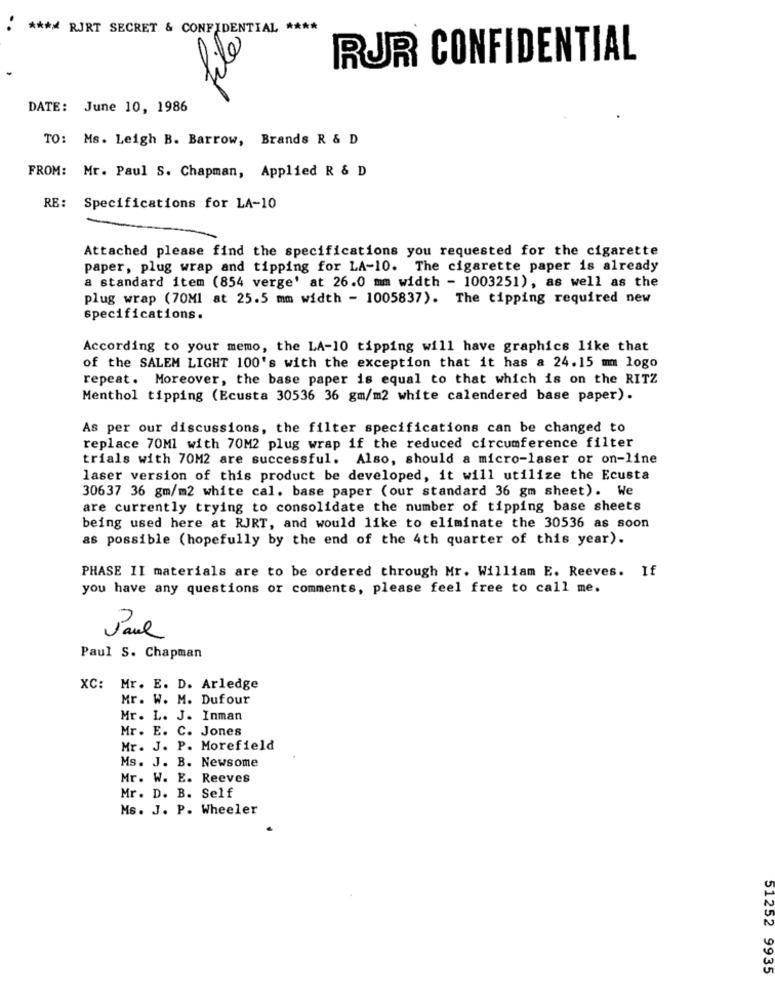
file
: **** RJRT SECRET & CONFIDENTIAL ****
RUR CONFIDENTIAL
DATE: June 10, 1986
TO: Ms. Leigh B. Barrow, Brands R & D
FROM: Mr. Paul S. Chapman, Applied R & D
RE:
Specifications for LA-10
Attached please find the specifications you requested for the cigarette
paper, plug wrap and tipping for LA-10. The cigarette paper is already
a standard item (854 verge' at 26.0 mm width - 1003251), as well as the
plug wrap (70Ml at 25.5 mm width - 1005837). The tipping required new
specifications.
According to your memo, the LA-10 tipping will have graphics like that
of the SALEM LIGHT 100's with the exception that it has a 24.15 mm logo
repeat. Moreover, the base paper is equal to that which is on the RITZ
Menthol tipping (Ecusta 30536 36 gm/m2 white calendered base paper).
As per our discussions, the filter specifications can be changed to
replace 70Ml with 70M2 plug wrap if the reduced circumference filter
trials with 70M2 are successful. Also, should a micro-laser or on-line
laser version of this product be developed, it will utilize the Ecusta
30637 36 gm/m2 white cal. base paper (our standard 36 gm sheet). We
are currently trying to consolidate the number of tipping base sheets
being used here at RJRT, and would like to eliminate the 30536 as soon
as possible (hopefully by the end of the 4th quarter of this year).
PHASE II materials are to be ordered through Mr. William E. Reeves. If
you have any questions or comments, please feel free to call me.
Paul
Paul S. Chapman
XC:
Mr. E. D. Arledge
Mr. W. M. Dufour
Mr. L. J. Inman
Mr. E. C. Jones
Mr. J. P. Morefield
Ms. J. B. Newsome
Mr. W. E. Reeves
Mr. D. B. Self
Ms. J. P. Wheeler
51252 9935